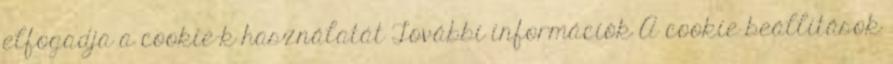
elfogadja a cookie-k használatát További információk A cookie beállítások